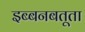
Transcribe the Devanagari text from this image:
इब्बनबतूता